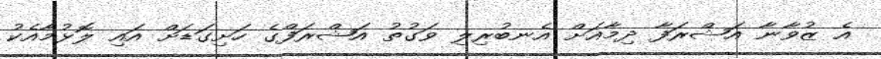
އެ ޒުވާނާ އަޝްރަފާ ދިމާއަށް އެނބުރިލި ވަގުތު އަޝްރަފްގެ ހަށިގަޑަށް އައި ލޮޅުމާއެކު